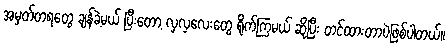
အမှတ်တရတွေ ချန်ခဲ့မယ် ပြီးတော့ လှလှလေးတွေ ရိုက်ကြမယ် ဆိုပြီး တင်ထားတာပဲဖြစ်ပါတယ်။